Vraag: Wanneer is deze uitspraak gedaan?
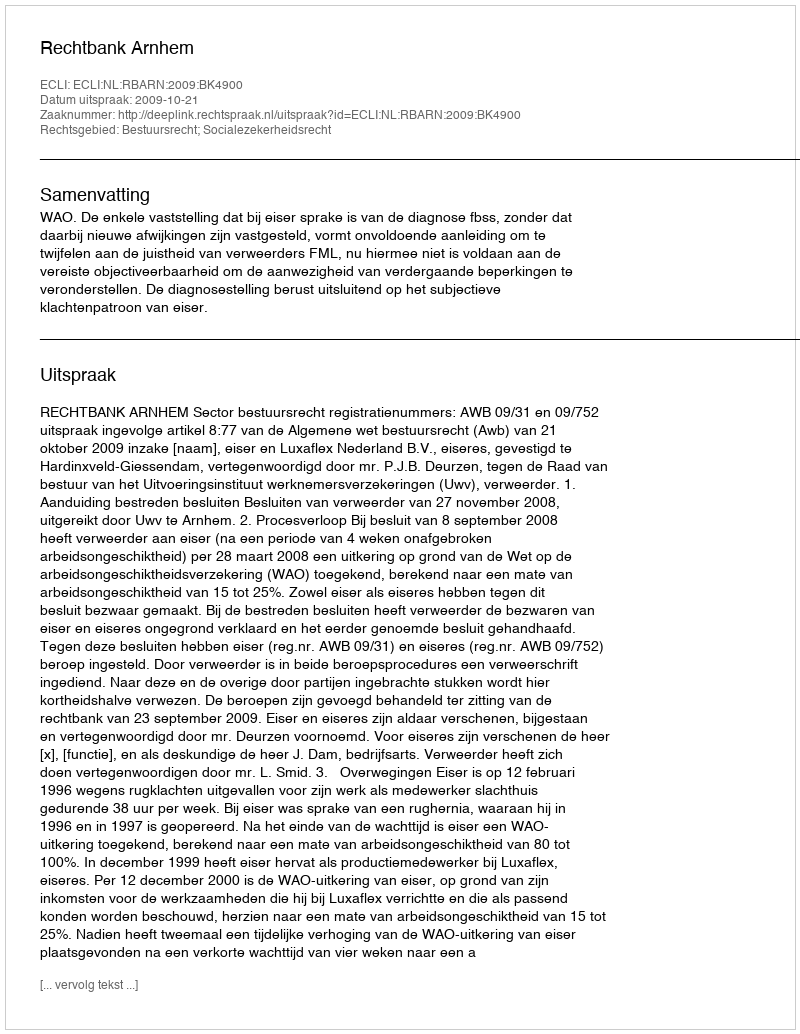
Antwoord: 2009-10-21